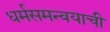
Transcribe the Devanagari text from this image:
धर्मसमन्वयाची